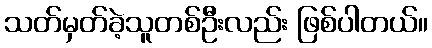
သတ်မှတ်ခဲ့သူတစ်ဦးလည်း ဖြစ်ပါတယ်။